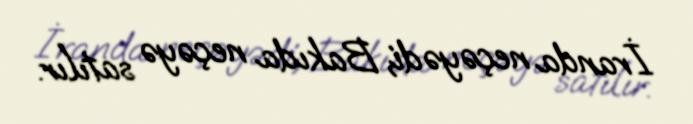
İranda neçəyədi, Bakıda neçəyə satılır.